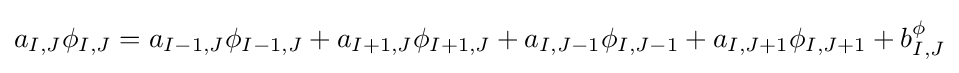
a_{I,J}\phi _{I,J}=a_{I-1,J}\phi _{I-1,J}+a_{I+1,J}\phi _{I+1,J}+a_{I,J-1}\phi _{I,J-1}+a_{I,J+1}\phi _{I,J+1}+b_{I,J}^{\phi }